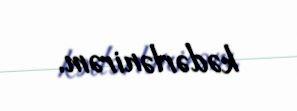
kədərlənirəm.